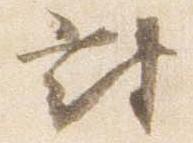
対